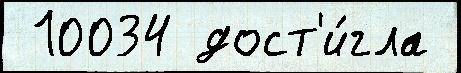
 10034 дост'и́гла